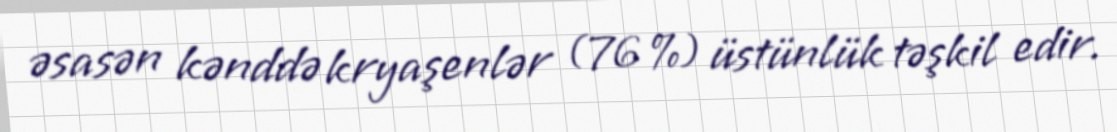
əsasən kənddə kryaşenlər (76 %) üstünlük təşkil edir.